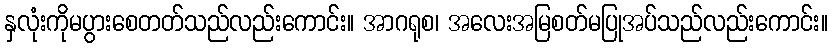
နှလုံးကိုမပွားစေတတ်သည်လည်းကောင်း။ အာဂရုစ၊ အလေးအမြစတ်မပြုအပ်သည်လည်းကောင်း။